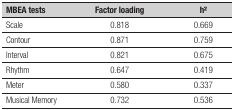
<table><thead><tr><td><b>MBEA tests</b></td><td><b>Factor loading</b></td><td><b>h<sup>2</sup></b></td></tr></thead><tbody><tr><td>Scale</td><td>0.818</td><td>0.669</td></tr><tr><td>Contour </td><td>0.871</td><td>0.759</td></tr><tr><td>Interval</td><td>0.821</td><td>0.675</td></tr><tr><td>Rhythm</td><td>0.647</td><td>0.419</td></tr><tr><td>Meter</td><td>0.580</td><td>0.337</td></tr><tr><td>Musical Memory</td><td>0.732</td><td>0.536</td></tr></tbody></table>